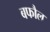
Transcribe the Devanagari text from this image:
बफौल